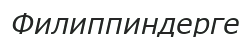
Филиппиндерге